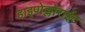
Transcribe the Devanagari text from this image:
हाइपोक्लोराईट